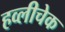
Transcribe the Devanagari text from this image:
हव्लीचेक